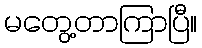
မတွေ့တာကြာပြီ။